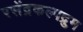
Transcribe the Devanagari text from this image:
रसेंद्रकल्पद्रुम